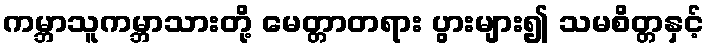
ကမ္ဘာသူကမ္ဘာသားတို့ မေတ္တာတရား ပွားများ၍ သမစိတ္တနှင့်